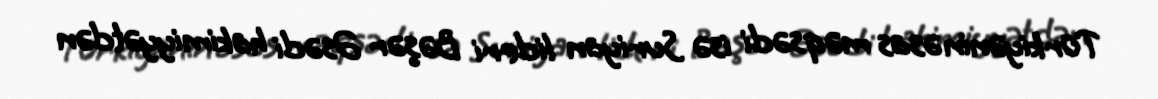
Türkiyənin əsas məqsədi isə Suriyan lideri Bəşər Əsədi hakimiyyətdən